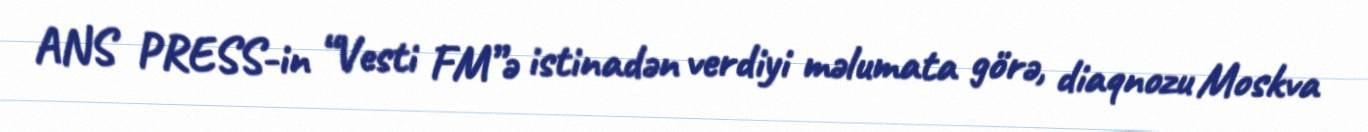
ANS PRESS-in “Vesti FM”ə istinadən verdiyi məlumata görə, diaqnozu Moskva